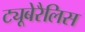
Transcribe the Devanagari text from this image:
ट्यूबेरैलिस